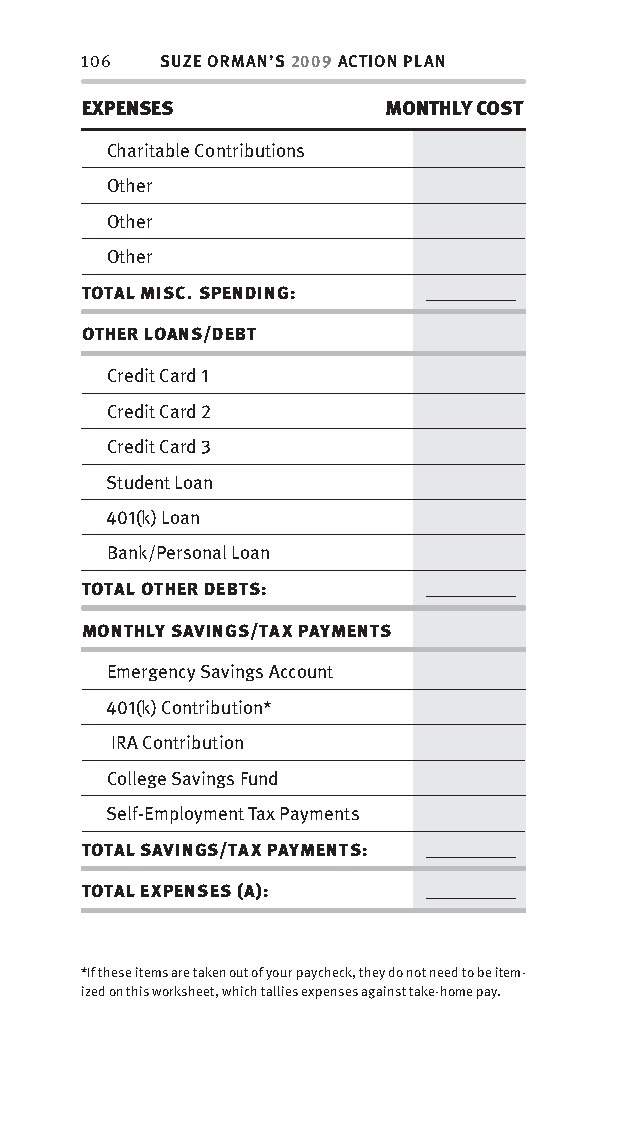
106  SUZE ORMAN’S 2009 ACTION PLAN
 EXPENSES            MONTHLY COST
 Charitable Contributions
 Other
 Other
 Other
 TOTAL MISC. SPENDING:  __________
 OTHER LOANS/DEBT
 Credit Card 1
 Credit Card 2
 Credit Card 3
 Student Loan
 401(k) Loan
 Bank/Personal Loan
 TOTAL OTHER DEBTS:     __________
 MONTHLY SAVINGS/TAX PAYMENTS
 Emergency Savings Account
 401(k) Contribution*
 IRA Contribution
 College Savings Fund
 Self-Employment Tax Payments
 TOTAL SAVINGS/TAX PAYMENTS: __________
 TOTAL EXPENSES (A):    __________
 *If these items are taken out of your paycheck, they do not need to be item-
 ized on this worksheet, which tallies expenses against take-home pay.
 OOrrmmaa__99778800338855553300993344__44pp__aallll__rr11..iinndddd 110066 1122//33//0088 99::3311::2200 AAMM